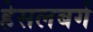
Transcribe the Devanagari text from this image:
हेसलबर्ग